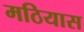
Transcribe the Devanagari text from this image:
मठियास